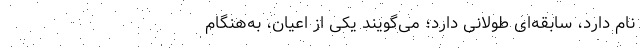
نام دارد، سابقه‌ای طولانی دارد؛ می‌گویند یکی از اعیان، به‌هنگام‌